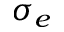
\sigma _ { e }